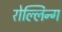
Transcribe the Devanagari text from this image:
रोल्लिन्ग